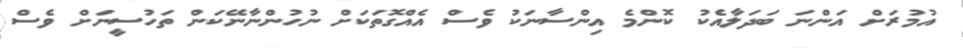
އުމުރަށް އަންނަ ބަދަލާއެކު ކޮންމެ އިންސާނަކު ވެސް އެއްގޮތަކަށް ނުހުންނާނޭކަން ތަހުސީނަށް ވެސް